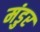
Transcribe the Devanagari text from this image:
मंडुर